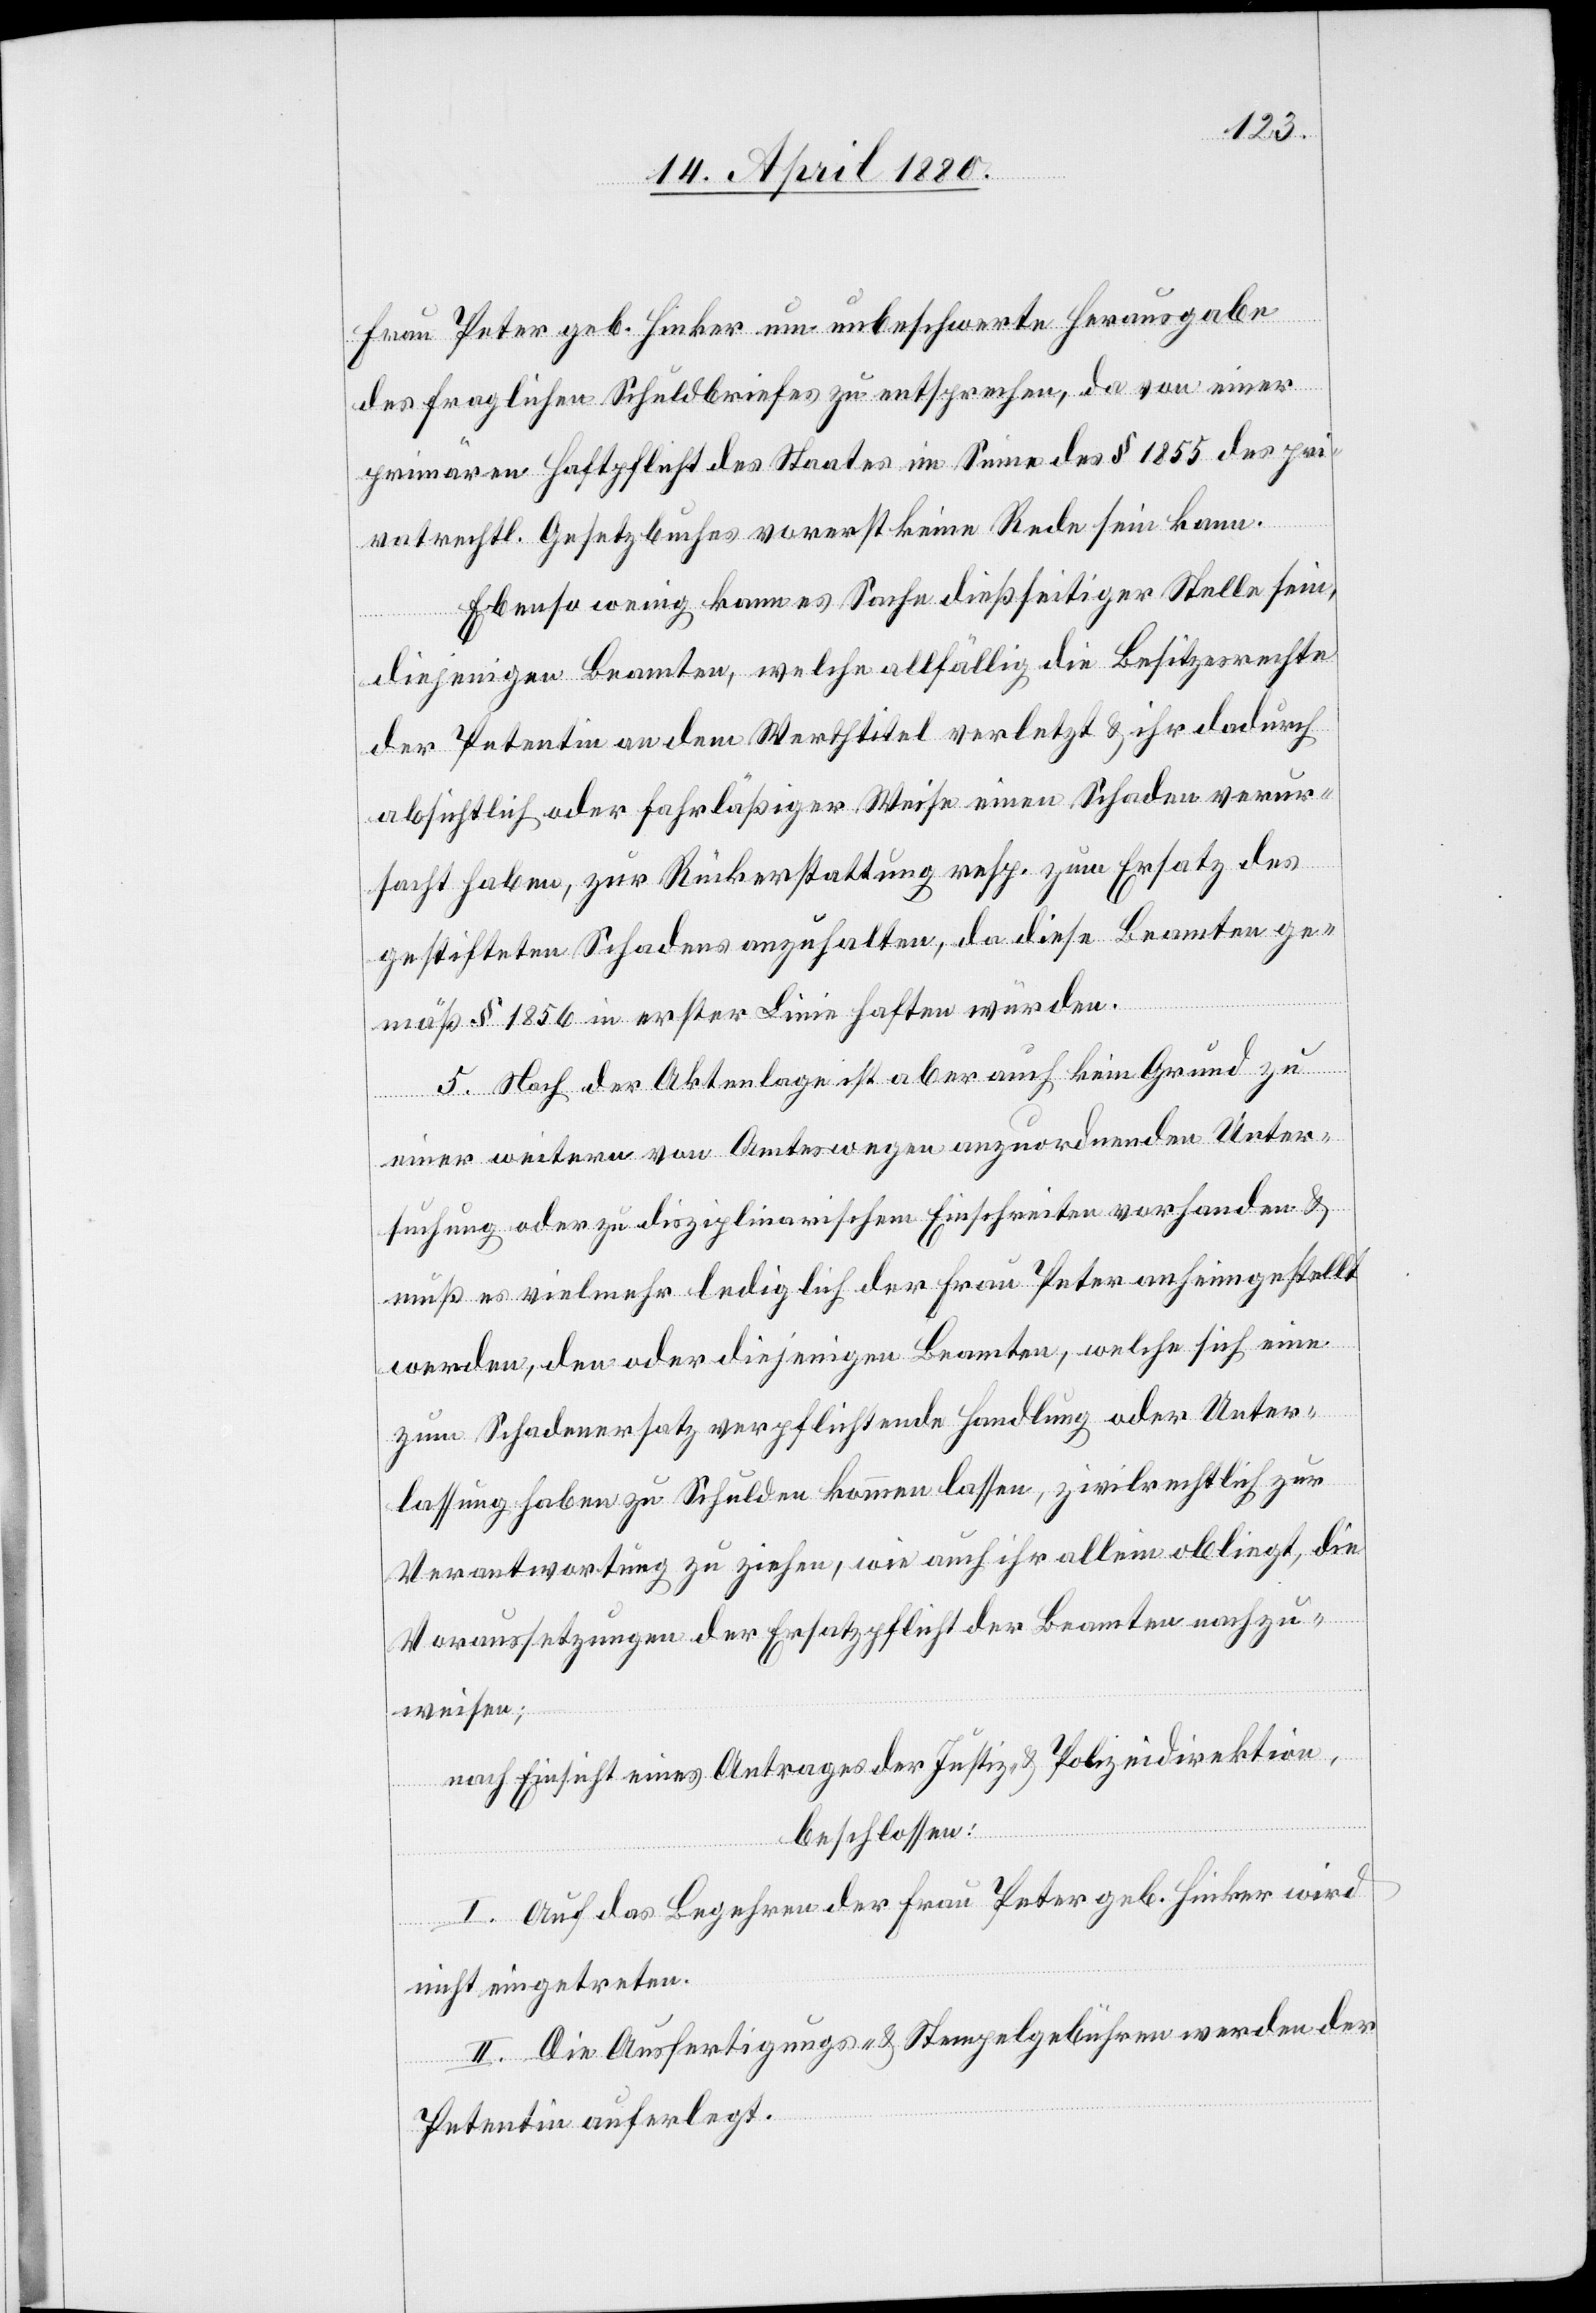
Frau Peter geb. Hinker um unbeschwerte Herausgabe
des fraglichen Schuldbriefes zu entsprechen, da von einer
primären Haftpflicht des Staates im Sinne des § 1855 des pri¬
vatrechtl. Gesetzbuches vorerst keine Rede sein kann.
Ebenso wenig kann es Sache dießseitiger Stelle sein,
diejenigen Beamten, welche allfällig die Besitzrechte
der Petentin an dem Werthtitel verletzt & ihr dadurch
absichtlich oder fahrläßiger Weise einen Schaden verur¬
sacht haben, zur Rückerstattung resp. zum Ersatz des
gestifteten Schadens anzuhalten, da diese Beamten ge¬
mäß § 1856 in erster Linie haften würden.
5. Nach der Aktenlage ist aber auch kein Grund zu
einer weitern von Amtswegen anzuordnenden Unter¬
suchung oder zu disziplinarischem Einschreiten vorhanden &
muß es vielmehr lediglich der Frau Peter anheimgestellt
werden, den oder diejenigen Beamten, welche sich eine
zum Schadenersatz verpflichtende Handlung oder Unter¬
lassung zu Schulden kommen lassen, zivilrechtlich zur
Verantwortung zu ziehen, wie auch ihr allein obliegt, die
Voraussetzungen der Ersatzpflicht der Beamten nachzu¬
weisen;
nach Einsicht eines Antrages der Justiz- & Polizeidirektion,
beschlossen:
I. Auf das Begehren der Frau Peter geb. Hinker wird
nicht eingetreten.
II. Die Ausfertigungs- & Stempelgebühren werden der
Petentin auferlegt.